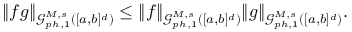
\begin{array} { r } { \| f g \| _ { \mathcal { G } _ { p h , 1 } ^ { M , s } ( [ a , b ] ^ { d } ) } \leq \| f \| _ { \mathcal { G } _ { p h , 1 } ^ { M , s } ( [ a , b ] ^ { d } ) } \| g \| _ { \mathcal { G } _ { p h , 1 } ^ { M , s } ( [ a , b ] ^ { d } ) } . } \end{array}